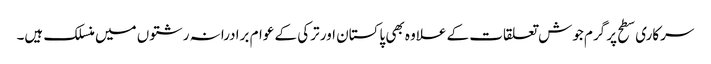
سرکاری سطح پر گرم جوش تعلقات کے علاوہ بھی پاکستان اور ترکی کے عوام برادرانہ رشتوں میں منسلک ہیں۔